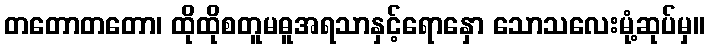
တတောတတော၊ ထိုထိုစတူမဓူအရသာနှင့်ရောနှော သောသလေးမုံ့ဆုပ်မှ။